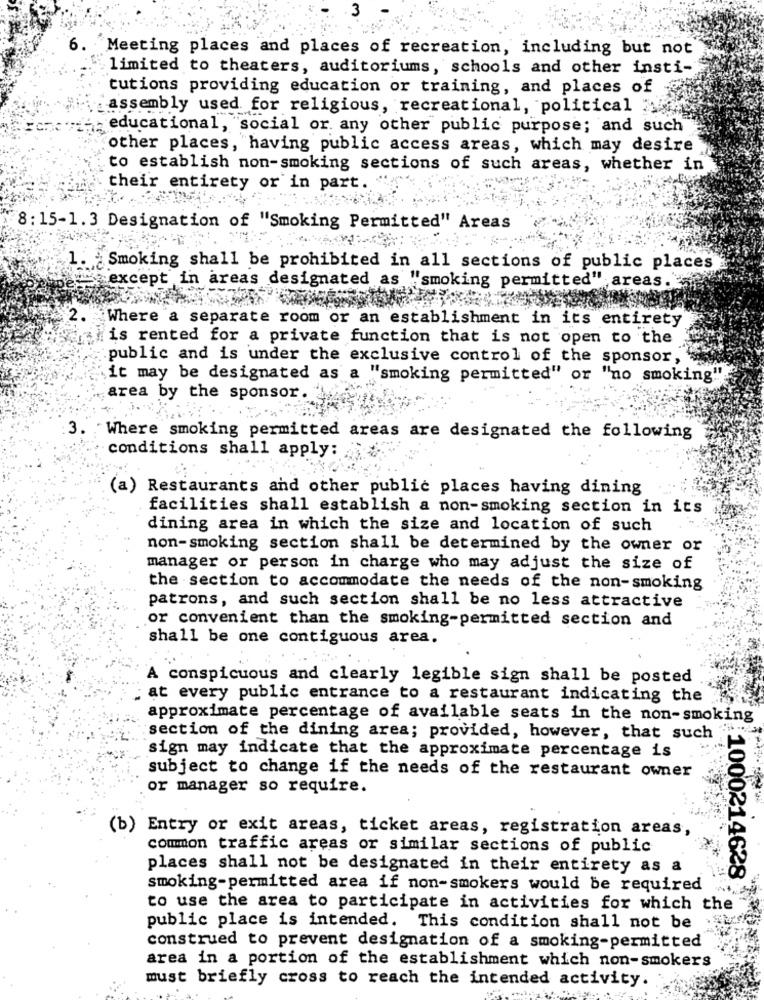
6. Meeting places and places of recreation, including but not
limited to theaters, auditoriums, schools and other insti-
tutions providing education or training, and places of
assembly used for religious, recreational, political
- educational, "social or any other public purpose; and such
other places, having public access areas, which may desire
to establish non-smoking sections of such areas, whether in
their entirety or in part.
8: 15-1.3 Designation of "Smoking Permitted" Areas
1. ¿ Smoking shall be prohibited in all sections of public places
"except in areas designated as "smoking permitted" areas.
Where a separate room or an establishment in its entirety
is rented for a private function that is not open to the
public and is under the exclusive control of the sponsor,
it may be designated as a "smoking permitted" or "no smoking"
area by the sponsor.
3.
Where smoking permitted areas are designated the following
conditions shall apply:
(a) Restaurants and other public places having dining
facilities shall establish a non-smoking section in its
dining area in which the size and location of such
non-smoking section shall be determined by the owner or
manager or person in charge who may adjust the size of
the section to accommodate the needs of the non-smoking
patrons, and such section shall be no less attractive
or convenient than the smoking-permitted section and
shall be one contiguous area.
A conspicuous and clearly legible sign shall be posted
at every public entrance to a restaurant indicating the
approximate percentage of available seats in the non-smoking
section of the dining area; provided, however, that such
sign may indicate that the approximate percentage is
subject to change if the needs of the restaurant owner
or manager so require.
(b) Entry or exit areas, ticket areas, registration areas,
common traffic areas or similar sections of public
places shall not be designated in their entirety as a
smoking-permitted area if non-smokers would be required
to use the area to participate in activities for which the
:10002146283
public place is intended. This condition shall not be
construed to prevent designation of a smoking-permitted
area in a portion of the establishment which non-smokers
must briefly cross to reach the intended activity